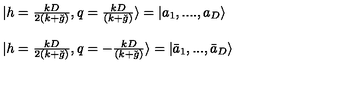
\begin{array} { l } { | h = \frac { k D } { 2 ( k + \check { g } ) } , q = \frac { k D } { ( k + \check { g } ) } \rangle = | a _ { 1 } , . . . . , a _ { D } \rangle } \\ { \ } \\ { | h = \frac { k D } { 2 ( k + \check { g } ) } , q = - \frac { k D } { ( k + \check { g } ) } \rangle = | \bar { a } _ { 1 } , . . . , \bar { a } _ { D } \rangle } \\ \end{array}